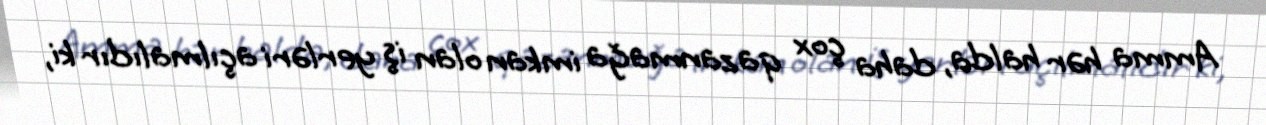
Amma hər halda, daha çox qazanmağa imkan olan iş yerləri açılmalıdır ki,